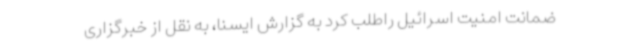
ضمانت امنیت اسرائیل راطلب کرد به گزارش ایسنا، به نقل از خبرگزاری